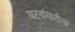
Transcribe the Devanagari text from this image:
घटनांसाठीचा